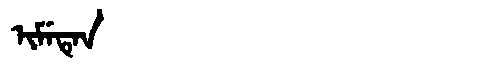
Manchu: ᡳᠮᡝᡨᡝᠨ
Romanization: IMETEN